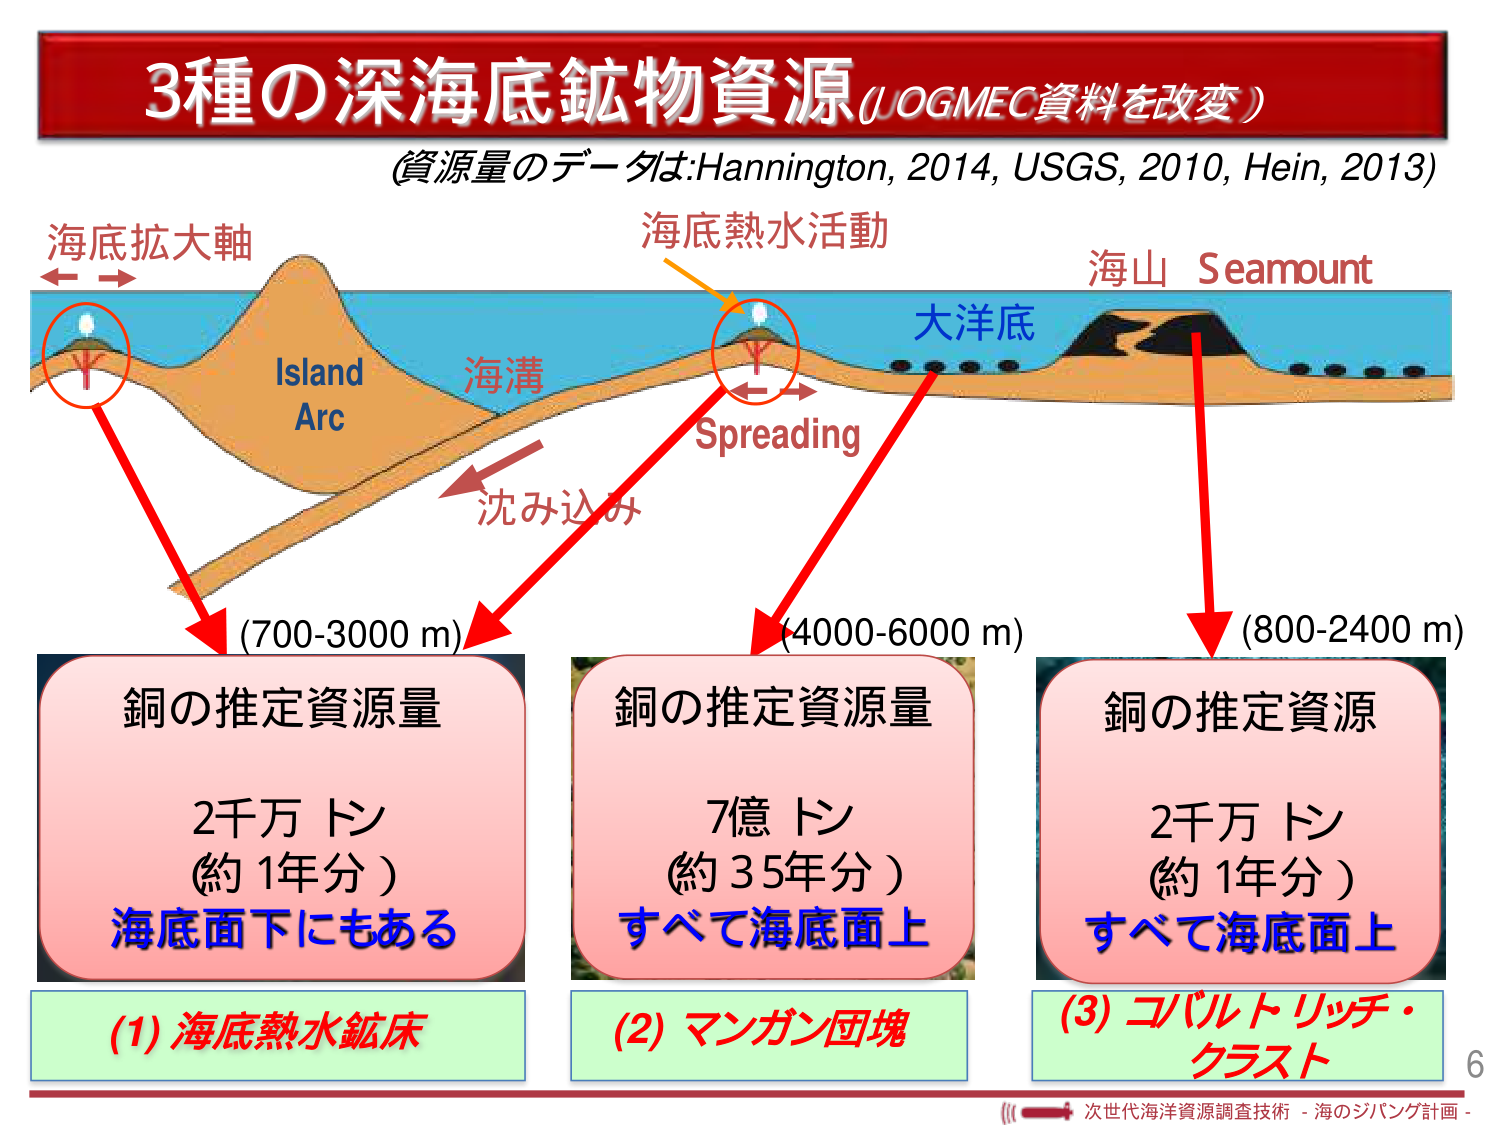
3種の深海底鉱物資源 (JOGMEC資料を改変)
(資源量のデータは:Hannington, 2014, USGS, 2010, Hein, 2013)

海底拡大軸
Island Arc
海溝
沈み込み
海底熱水活動
Spreading
大洋底
海山 Seamount

(700-3000 m)
銅の推定資源量
2千万トン
(約1年分)
海底面下にもある
(1) 海底熱水鉱床

(4000-6000 m)
銅の推定資源量
7億トン
(約35年分)
すべて海底面上
(2) マンガン団塊

(800-2400 m)
銅の推定資源
2千万トン
(約1年分)
すべて海底面上
(3) コバルトリッチ・クラスト

6
次世代海洋資源調査技術 - 海のジパング計画 -